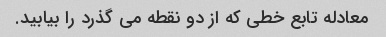
معادله تابع خطی که از دو نقطه می گذرد را بیابید.